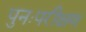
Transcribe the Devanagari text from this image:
पुनःपरीक्षण